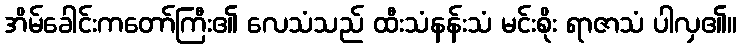
အိမ်ခေါင်းကတော်ကြီး၏ လေသံသည် ထီးသံနန်းသံ မင်းစိုး ရာဇာသံ ပါလှ၏။